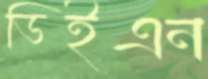
ডিইএন